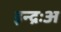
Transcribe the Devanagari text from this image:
इन्द्रःअ